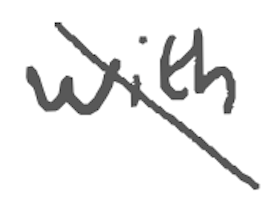
Text: with
Cross-out: diagonal
Writing tool: digital_gray